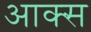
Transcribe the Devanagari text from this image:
आक्स